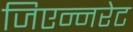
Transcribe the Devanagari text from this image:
जिएन्नरेट